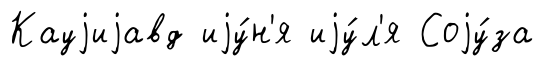
Кауjиjавд иjу́н'я иjу́л'я Соjу́за